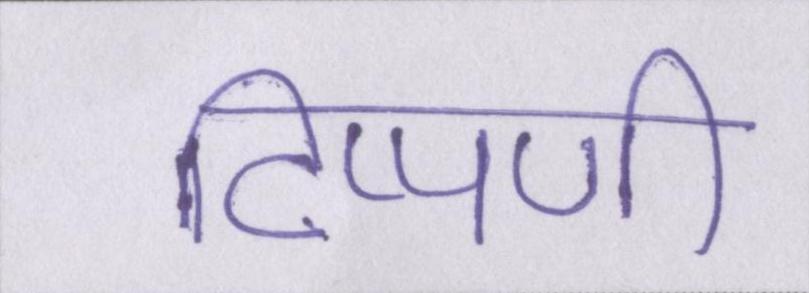
टिप्पणी